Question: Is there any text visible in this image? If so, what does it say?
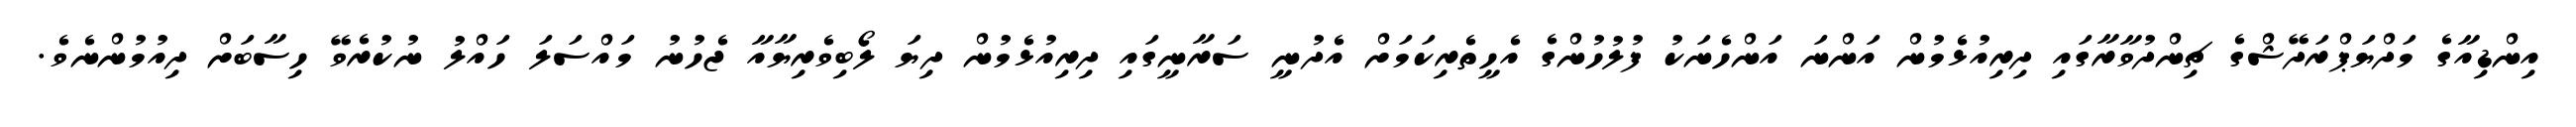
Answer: އިންޑިއާގެ މަދްޔަޕްރަދޭޝްގެ ޗިންދުވާރާގައި ދިރިއުޅެމުން އަންނަ އަންހެނަކު ފުލުހުންގެ އެހީތެރިކަމަށް އެދުނީ ސަރާނީގައި ދިރިއުޅެމުން ދިޔަ ލޯބިވެރިޔާއާ ޖެހުނު މައްސަލަ ހައްލު ނުކުރެވޭ ހިސާބަށް ދިއުމުންނެވެ.